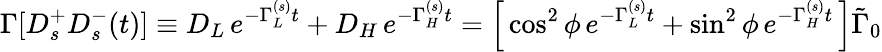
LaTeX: \Gamma[D_{s}^{+}D_{s}^{-}(t)]\equiv D_{L}\, e^{-\Gamma_{L}^{(s)}t}+D_{H}\, e^{-\Gamma_{H}^{(s)}t}=\left[\, \cos^{2}\phi\, e^{-\Gamma_{L}^{(s)}t}+\sin^{2}\phi\, e^{-\Gamma_{H}^{(s)}t}\, \right]\tilde{\Gamma}_{0}